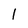
Character: l